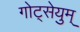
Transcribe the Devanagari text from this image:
गोट्सेयुम्